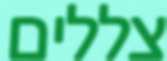
צללים